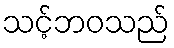
သင့်ဘဝသည်